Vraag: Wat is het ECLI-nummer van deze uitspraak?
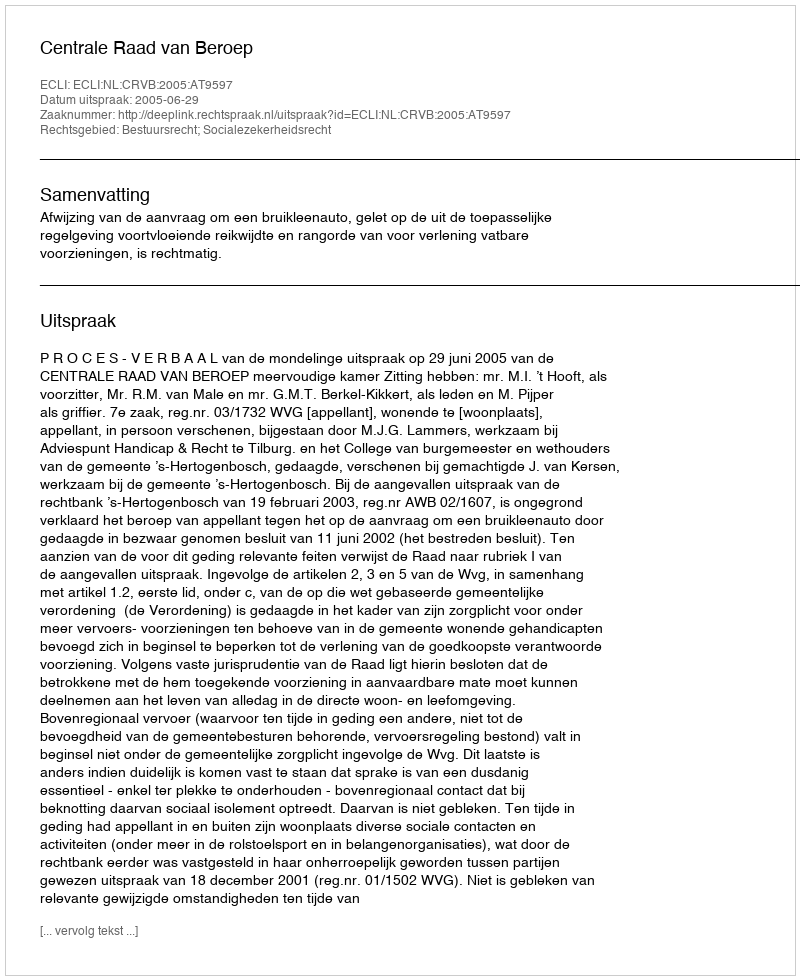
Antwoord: ECLI:NL:CRVB:2005:AT9597